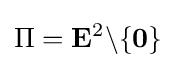
\Pi =\mathbf {E} ^{2}\backslash \{\mathbf {0} \}